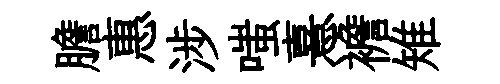
膽惠涉嗤憙襜雉